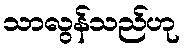
သာလွန်သည်ဟု